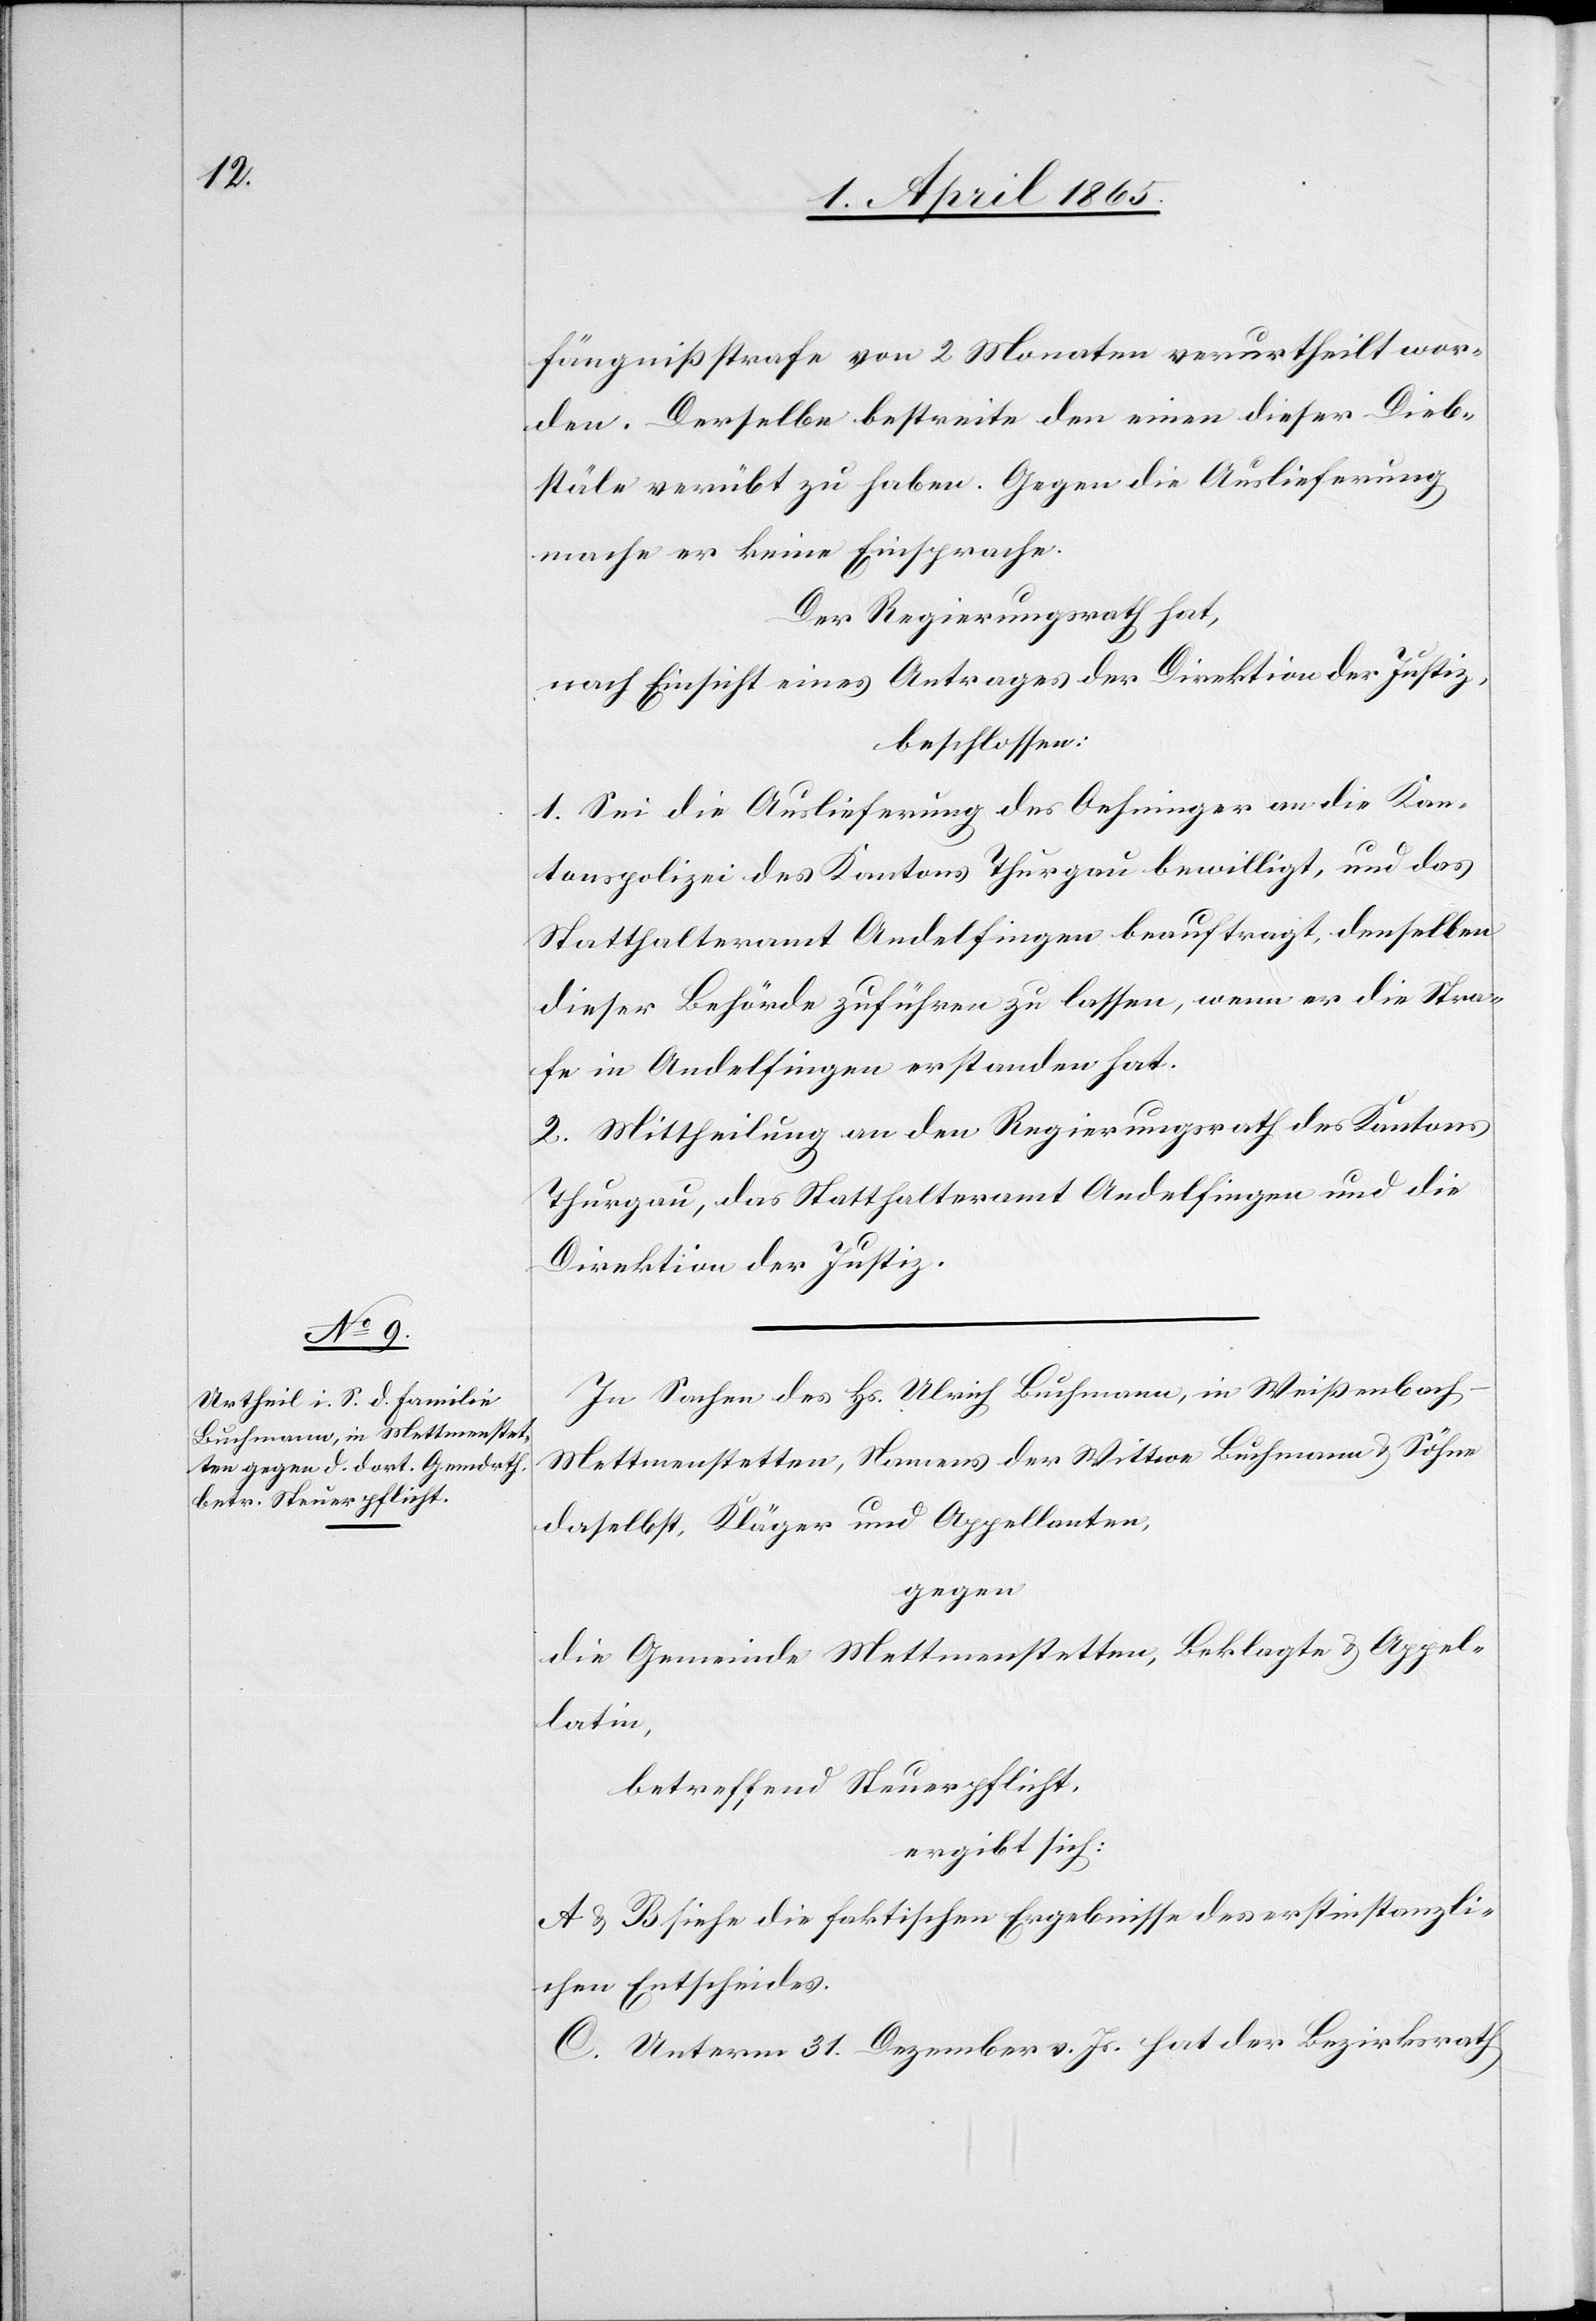
fängnißstrafe von 2 Monaten verurtheilt wor¬
den. Derselbe bestreite den einen dieser Dieb¬
stäle verübt zu haben. Gegen die Auslieferung
mache er keine Einsprache.
Der Regierungsrath hat,
nach Einsicht eines Antrages der Direktion der Justiz,
beschlossen:
1. Sei die Auslieferung des Oehninger an die Kan¬
tonspolizei des Kantons Thurgau bewilligt, und das
Statthalteramt Andelfingen beauftragt, denselben
dieser Behörde zuführen zu lassen, wenn er die Stra¬
fe in Andelfingen erstanden hat.
2. Mittheilung an den Regierungsrath des Kantons
Thurgau, das Statthalteramt Andelfingen und die
Direktion der Justiz.
In Sachen des Hs. Ulrich Buchmann, in Weißenbach-M¬
ettmenstetten, Namens der Wittwe Buchmann & Söhne
daselbst, Kläger und Appellanten,
gegen
die Gemeinde Mettmenstetten, Beklagte & Appel¬
latin,
betreffend Steuerpflicht
ergibt sich:
A & B siehe die faktischen Ergebnisse des erstinstanzli¬
chen Entscheides.
C. Unterm 31. Dezember v. Js. hat der Bezirksrath